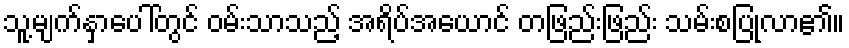
သူ့မျက်နှာပေါ်တွင် ဝမ်းသာသည့် အရိပ်အယောင် တဖြည်းဖြည်း သမ်းစပြုလာ၏။